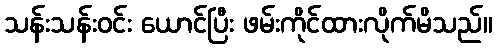
သန်းသန်းဝင်း ယောင်ပြီး ဖမ်းကိုင်ထားလိုက်မိသည်။